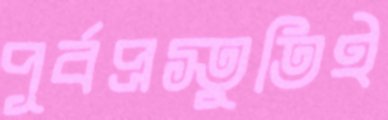
পূর্বপ্রস্তুতিই